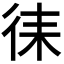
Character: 𭛧